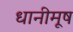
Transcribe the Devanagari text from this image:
धानीमूष